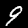
Digit: 9